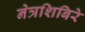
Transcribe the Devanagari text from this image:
नेत्रशिबिरे